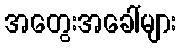
အတွေးအခေါ်များ